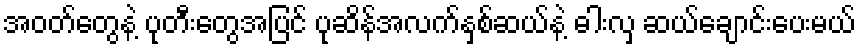
အဝတ်တွေနဲ့ ပုတီးတွေအပြင် ပုဆိန်အလက်နှစ်ဆယ်နဲ့ ဓါးလှ ဆယ်ချောင်းပေးမယ်